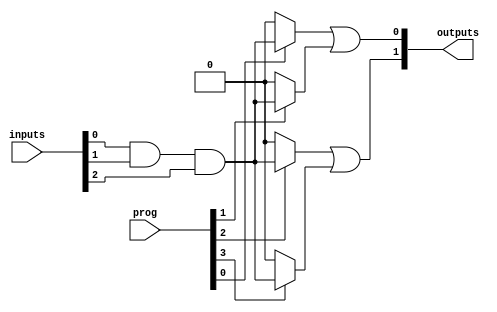
module SPAL (
    input wire [N-1:0] inputs,   // N inputs
    input wire [M-1:0] prog,      // Programming signals (for AND gates)
    output wire [P-1:0] outputs    // P outputs
);

// Parameters defining the size of the arrays
parameter N = 3;  // Number of inputs
parameter M = 4;  // Number of AND gates
parameter P = 2;  // Number of outputs

// Internal signals for AND gate outputs
wire [M-1:0] and_out;

// Programmable AND gates
genvar i;
generate
    for (i = 0; i < M; i = i + 1) begin : and_gates
        assign and_out[i] = (prog[i] == 1'b1) ? 
            (inputs[0] & inputs[1] & inputs[2]) : // Example: All inputs connected
            1'b0; // No connections
    end
endgenerate

// Fixed OR array
assign outputs[0] = and_out[0] | and_out[1]; // Example OR logic
assign outputs[1] = and_out[2] | and_out[3]; // Example OR logic

endmodule